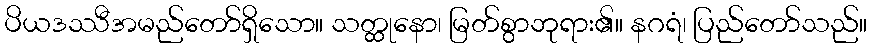
ပိယဒဿီအမည်တော်ရှိသော။ သတ္ထုနော၊ မြတ်စွာဘုရား၏။ နဂရံ၊ ပြည်တော်သည်။